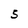
Character: S